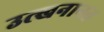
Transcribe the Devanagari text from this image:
उत्खनानत